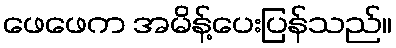
ဖေဖေက အမိန့်ပေးပြန်သည်။